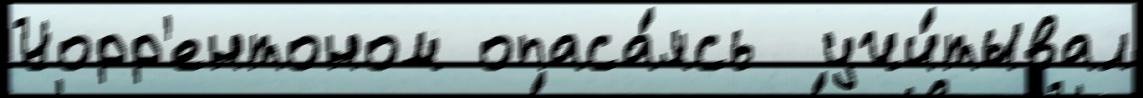
Уорр'ентоном опаса́ясь  учи́тывал